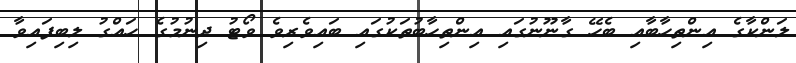
ލަންކާގެ އިންތިހާބާއި ބެހޭ ގާނޫނުގައި އިންތިހާބުތަކުގައި ބައިވެރިވެ ވޯޓު ދިނުމުގެ ހައްގު ލިބިފައިވާ